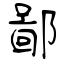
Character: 鄙